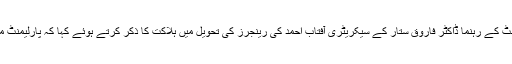
جمعرات کو قومی اسمبلی کے اجلاس میں متحدہ قومی موومنٹ کے رہنما ڈاکٹر فاروق ستار کے سیکریٹری آفتاب احمد کی رینجرز کی تحویل میں ہلاکت کا ذکر کرتے ہوئے کہا کہ پارلیمنٹ میں اس معاملے پر بحث کرنے کی اجازت تک نہیں دی گئی۔